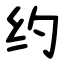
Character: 约